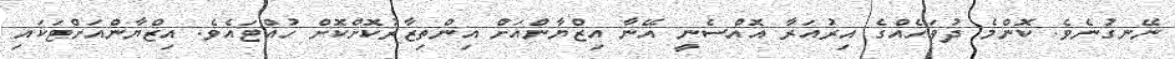
ނޭނގުނެވެ. ކޮންމެ ދުވަހެއްގެ އިރުއަރާ އޮއްސެނީ އޭނާ އިޒްޔާންއަށް އިންތިޒާރުކޮށްކޮށް ހުއްޓައެވެ. އިޒްޔާންއަށްޓަކައި